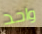
واحد